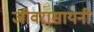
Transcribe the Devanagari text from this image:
जीवरासायनी